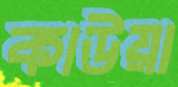
কাউয়া